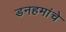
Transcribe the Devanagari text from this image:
डनहमांचे